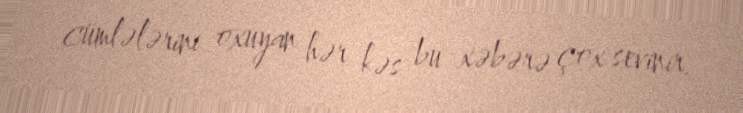
cümlələrini oxuyan hər kəs bu xəbərə çox sevinir.